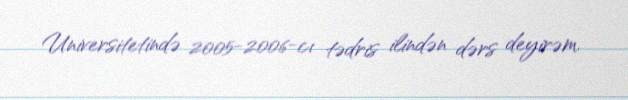
Universitetində 2005-2006-cı tədris ilindən dərs deyirəm.